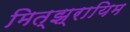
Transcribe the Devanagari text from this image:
मित्झ्रायिम